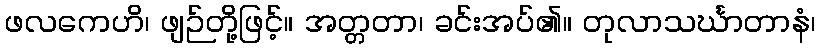
ဖလကေဟိ၊ ဖျဉ်တို့ဖြင့်။ အတ္တတာ၊ ခင်းအပ်၏။ တုလာသင်္ဃာတာနံ၊